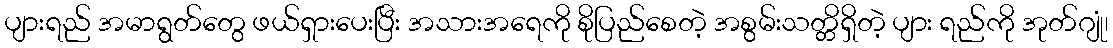
ပျားရည် အမာရွတ်တွေ ဖယ်ရှားပေးပြီး အသားအရေကို စိုပြည်စေတဲ့ အစွမ်းသတ္တိရှိတဲ့ ပျား ရည်ကို အုတ်ဂျုံ၊